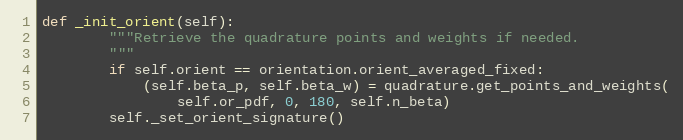
Language: Python
def _init_orient(self):
        """Retrieve the quadrature points and weights if needed.
        """
        if self.orient == orientation.orient_averaged_fixed:
            (self.beta_p, self.beta_w) = quadrature.get_points_and_weights(
                self.or_pdf, 0, 180, self.n_beta)
        self._set_orient_signature()